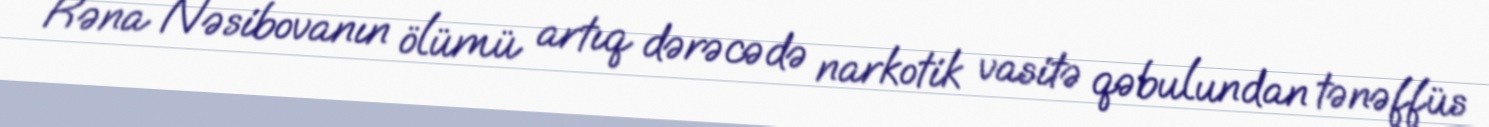
Rəna Nəsibovanın ölümü artıq dərəcədə narkotik vasitə qəbulundan tənəffüs